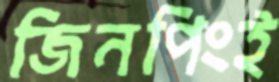
জিনপিংই